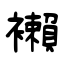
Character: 襰